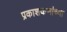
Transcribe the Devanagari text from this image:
प्रकाशकणांच्या